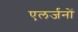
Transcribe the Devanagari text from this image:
एलर्जनों